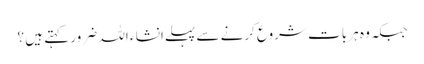
جبکہ وہ ہر بات شروع کرنے سے پہلےانشا ء اللہ ضرور کہتے ہیں ؟